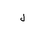
Letter: _lam